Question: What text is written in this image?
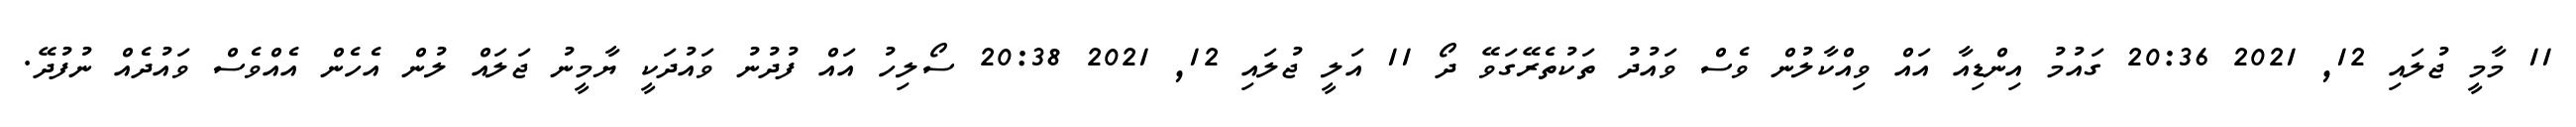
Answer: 11 މާމީ ޖުލައި 12, 2021 20:36 ގައުމު އިންޑިއާ އައް ވިއްކާލުން ވެސް ވައުދު ތަކުތެރޭގަވޭ ދޯ 11 އަލީ ޖުލައި 12, 2021 20:38 ސޯލިހު އައް ފުދުނު ވައުދަކީ ޔާމީނު ޖަލައް ލުން އެހެން އެއްވެސް ވައުދެއް ނުފުދޭ.